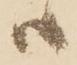
ハ